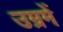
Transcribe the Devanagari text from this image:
उम्रमें